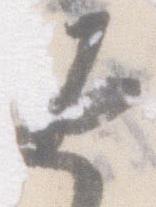
返